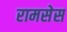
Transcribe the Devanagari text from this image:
रामसेस